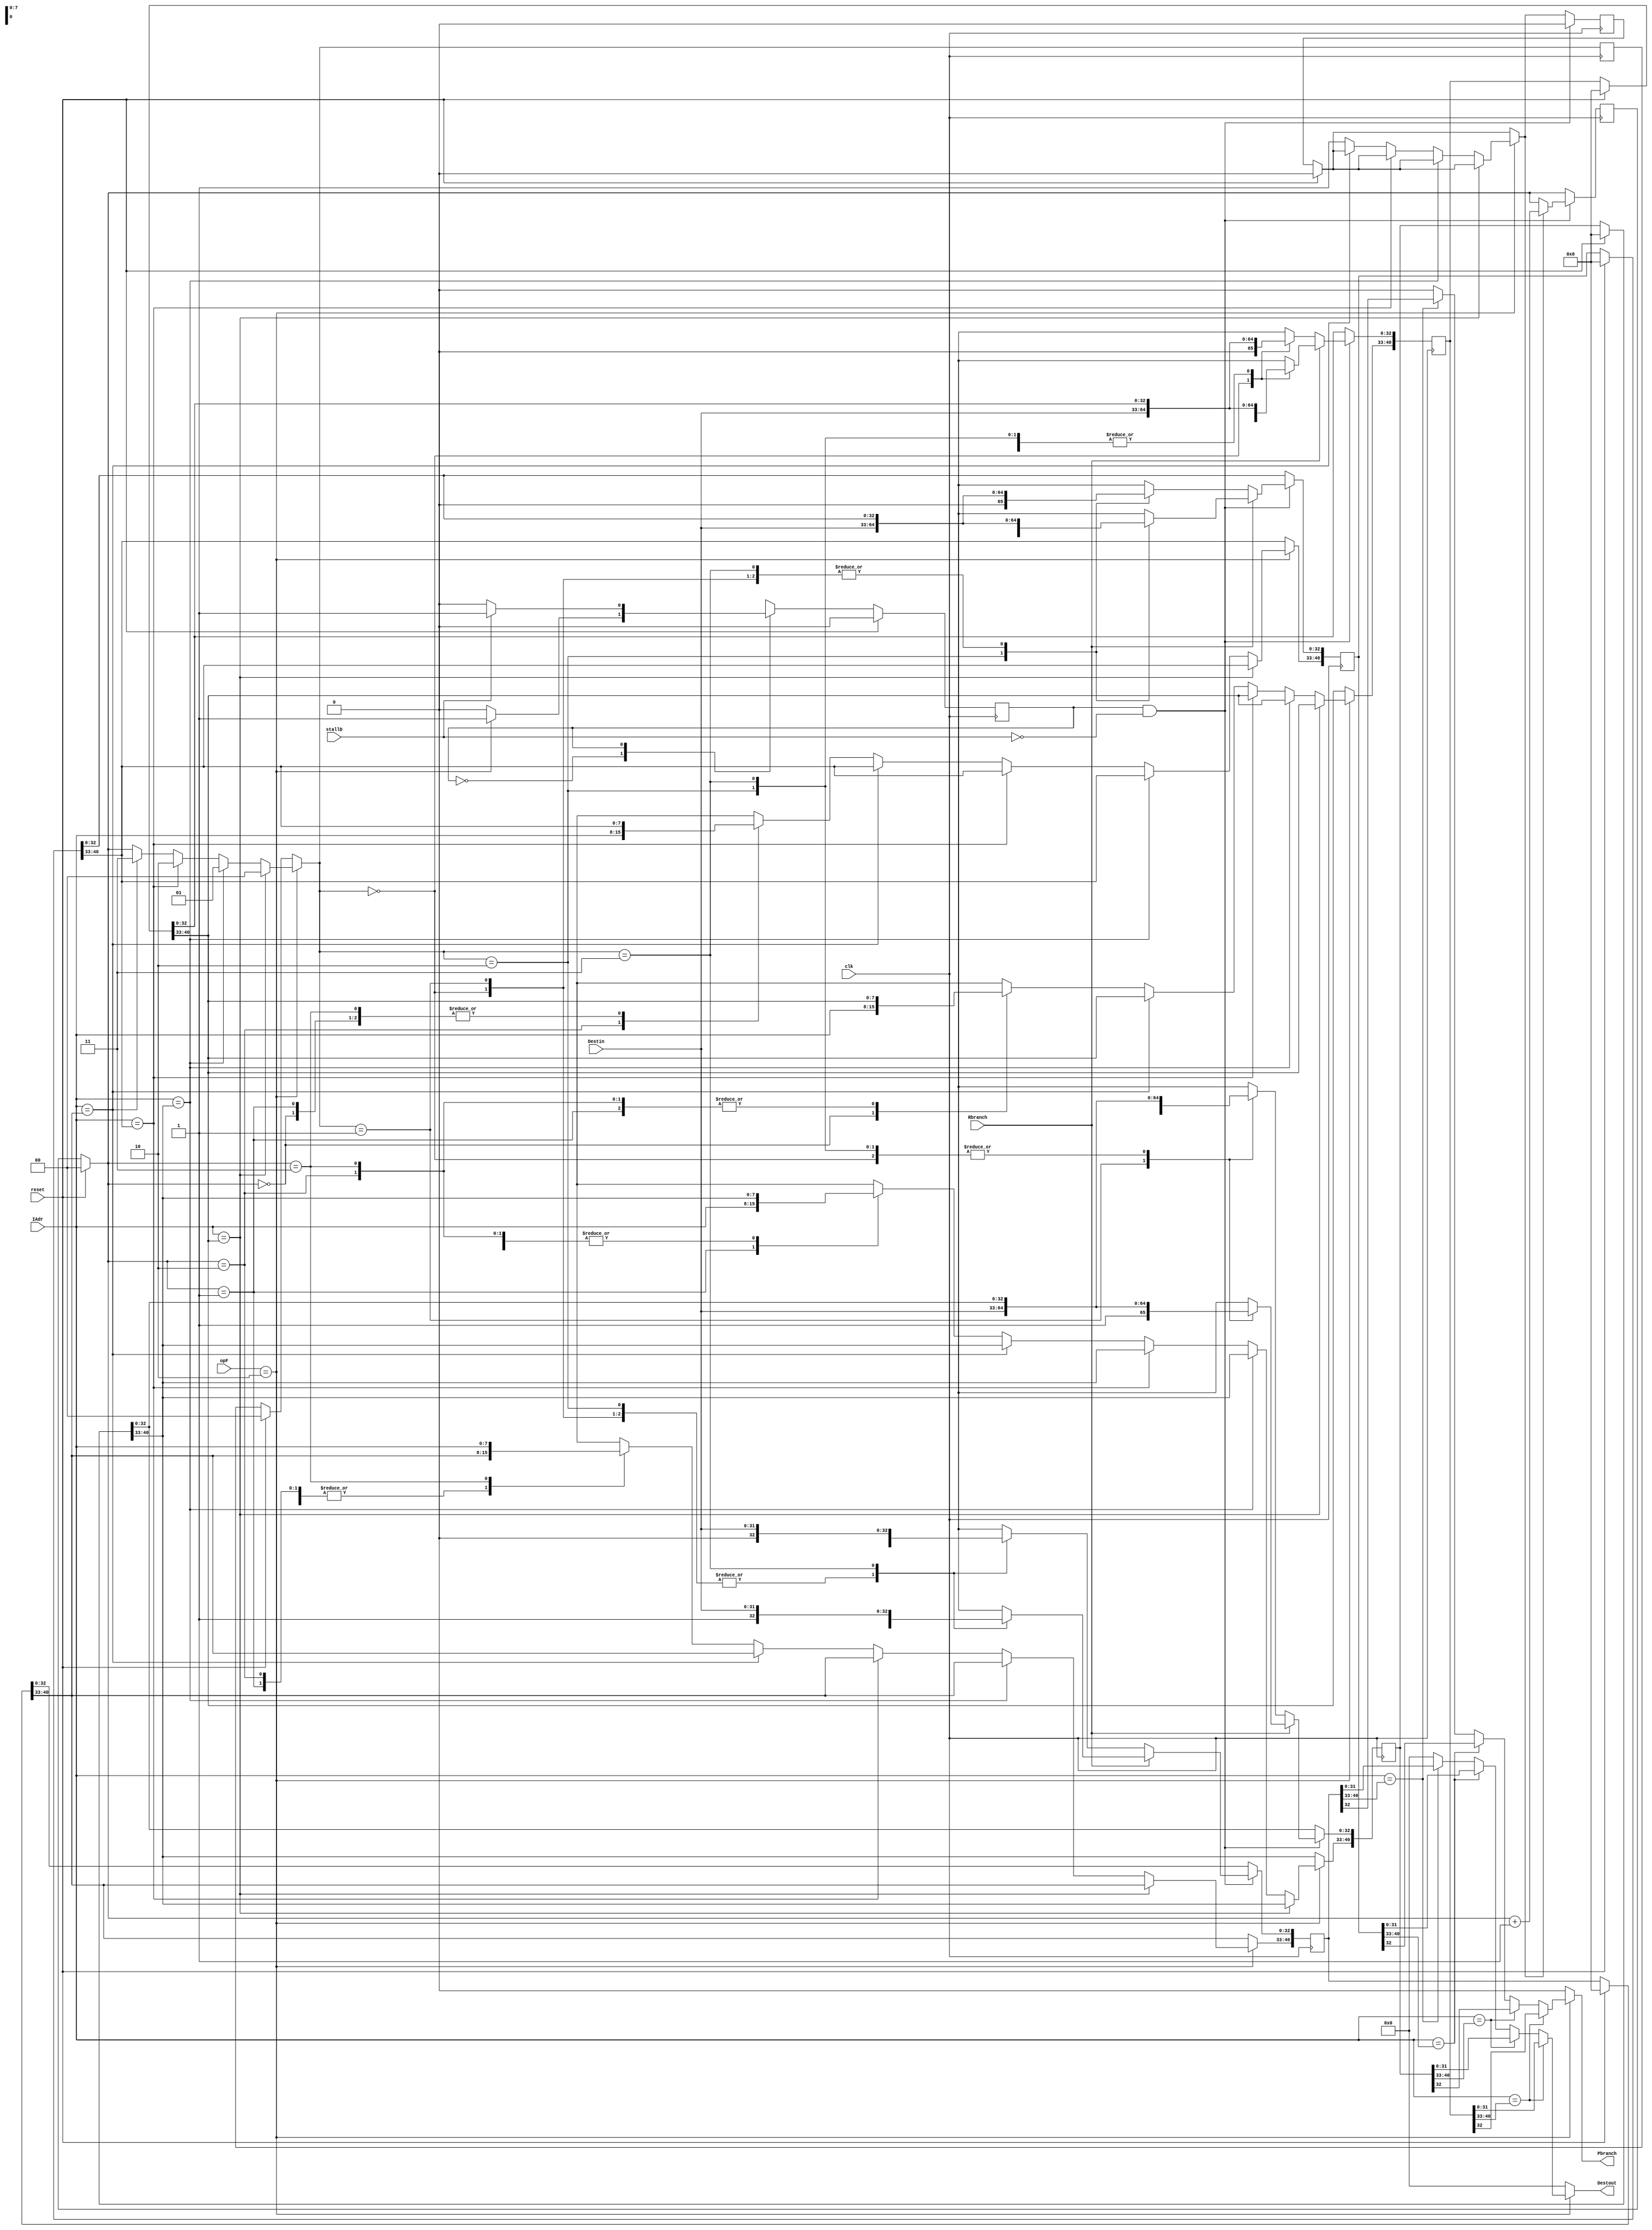
`timescale 1ns / 1ps
//////////////////////////////////////////////////////////////////////////////////
// Company: 
// Engineer: 
// 
// Design Name: 
// Module Name: BPB
// Project Name: 
// Target Devices: 
// Tool Versions: 
// Description: 
// 
// Dependencies: 
// 
// Revision:
// Revision 0.01 - File Created
// Additional Comments:
// 
//////////////////////////////////////////////////////////////////////////////////


module BPB(input clk, reset, stallD,
           input [4:0] opF,
           input [7:0] IAdr, 
           input [31:0] Destin,
           input Rbranch,//real
           output reg Pbranch,
           output reg [31:0] Destout);//predict
           
reg [40:0] Table[3:0];
integer i;
reg [1:0] pos,choice;
parameter waiting =  1'b0;
parameter writing = 1'b1;
reg miss, state, nextstate;
wire brF;

assign brF = (opF == 5'b00010);

always@(posedge clk)
    begin
        if(reset)
            begin
                state <= waiting;
                for(i = 0; i < 4; i = i + 1)
                    Table[i] = 41'b0;
                pos = 2'b0;
                choice = 2'b0;
                miss = 1'b0;
            end
        else      
            state <= nextstate;
        
        if(brF)
            case(IAdr)
                Table[0][40:33]: choice = 2'b00;
                Table[1][40:33]: choice = 2'b01;
                Table[2][40:33]: choice = 2'b10;
                Table[3][40:33]: choice = 2'b11;
                default:
                    begin
                        miss = 1'b1;
                        choice = pos;
                        Table[pos][40:33] = IAdr;
                    end
            endcase
            
        if(state == writing & ~stallD)
            begin
                if(miss)
                    begin
                        pos = pos + 1;
                        miss = 1'b0;
                    end
                if(Rbranch)
                    Table[choice][32:0] = {1'b1, Destin};
                else
                    Table[choice][32:0] = {1'b0, Destin};
            end
    end
    
always@(*)
    begin
        Pbranch = 1'b0;
        Destout = 32'b0;
        if(brF)
            case(IAdr)
                Table[0][40:33]: 
                    begin
                        Pbranch = Table[0][32];
                        Destout = Table[0][31:0];
                    end
                Table[1][40:33]: 
                    begin
                        Pbranch = Table[1][32];
                        Destout = Table[1][31:0];
                    end
                Table[2][40:33]: 
                    begin
                        Pbranch = Table[2][32];
                        Destout = Table[2][31:0];
                    end
                Table[3][40:33]: 
                    begin
                        Pbranch = Table[3][32];
                        Destout = Table[3][31:0];
                    end
            endcase
    end
    
always@(*)
    case(state)
        waiting:
            begin
                if(brF) nextstate <= writing;
                else    nextstate <= waiting;
            end
        writing: 
            begin
                if(stallD)
                    nextstate <= writing;
                else
                    nextstate <= waiting;
            end
    endcase
endmodule